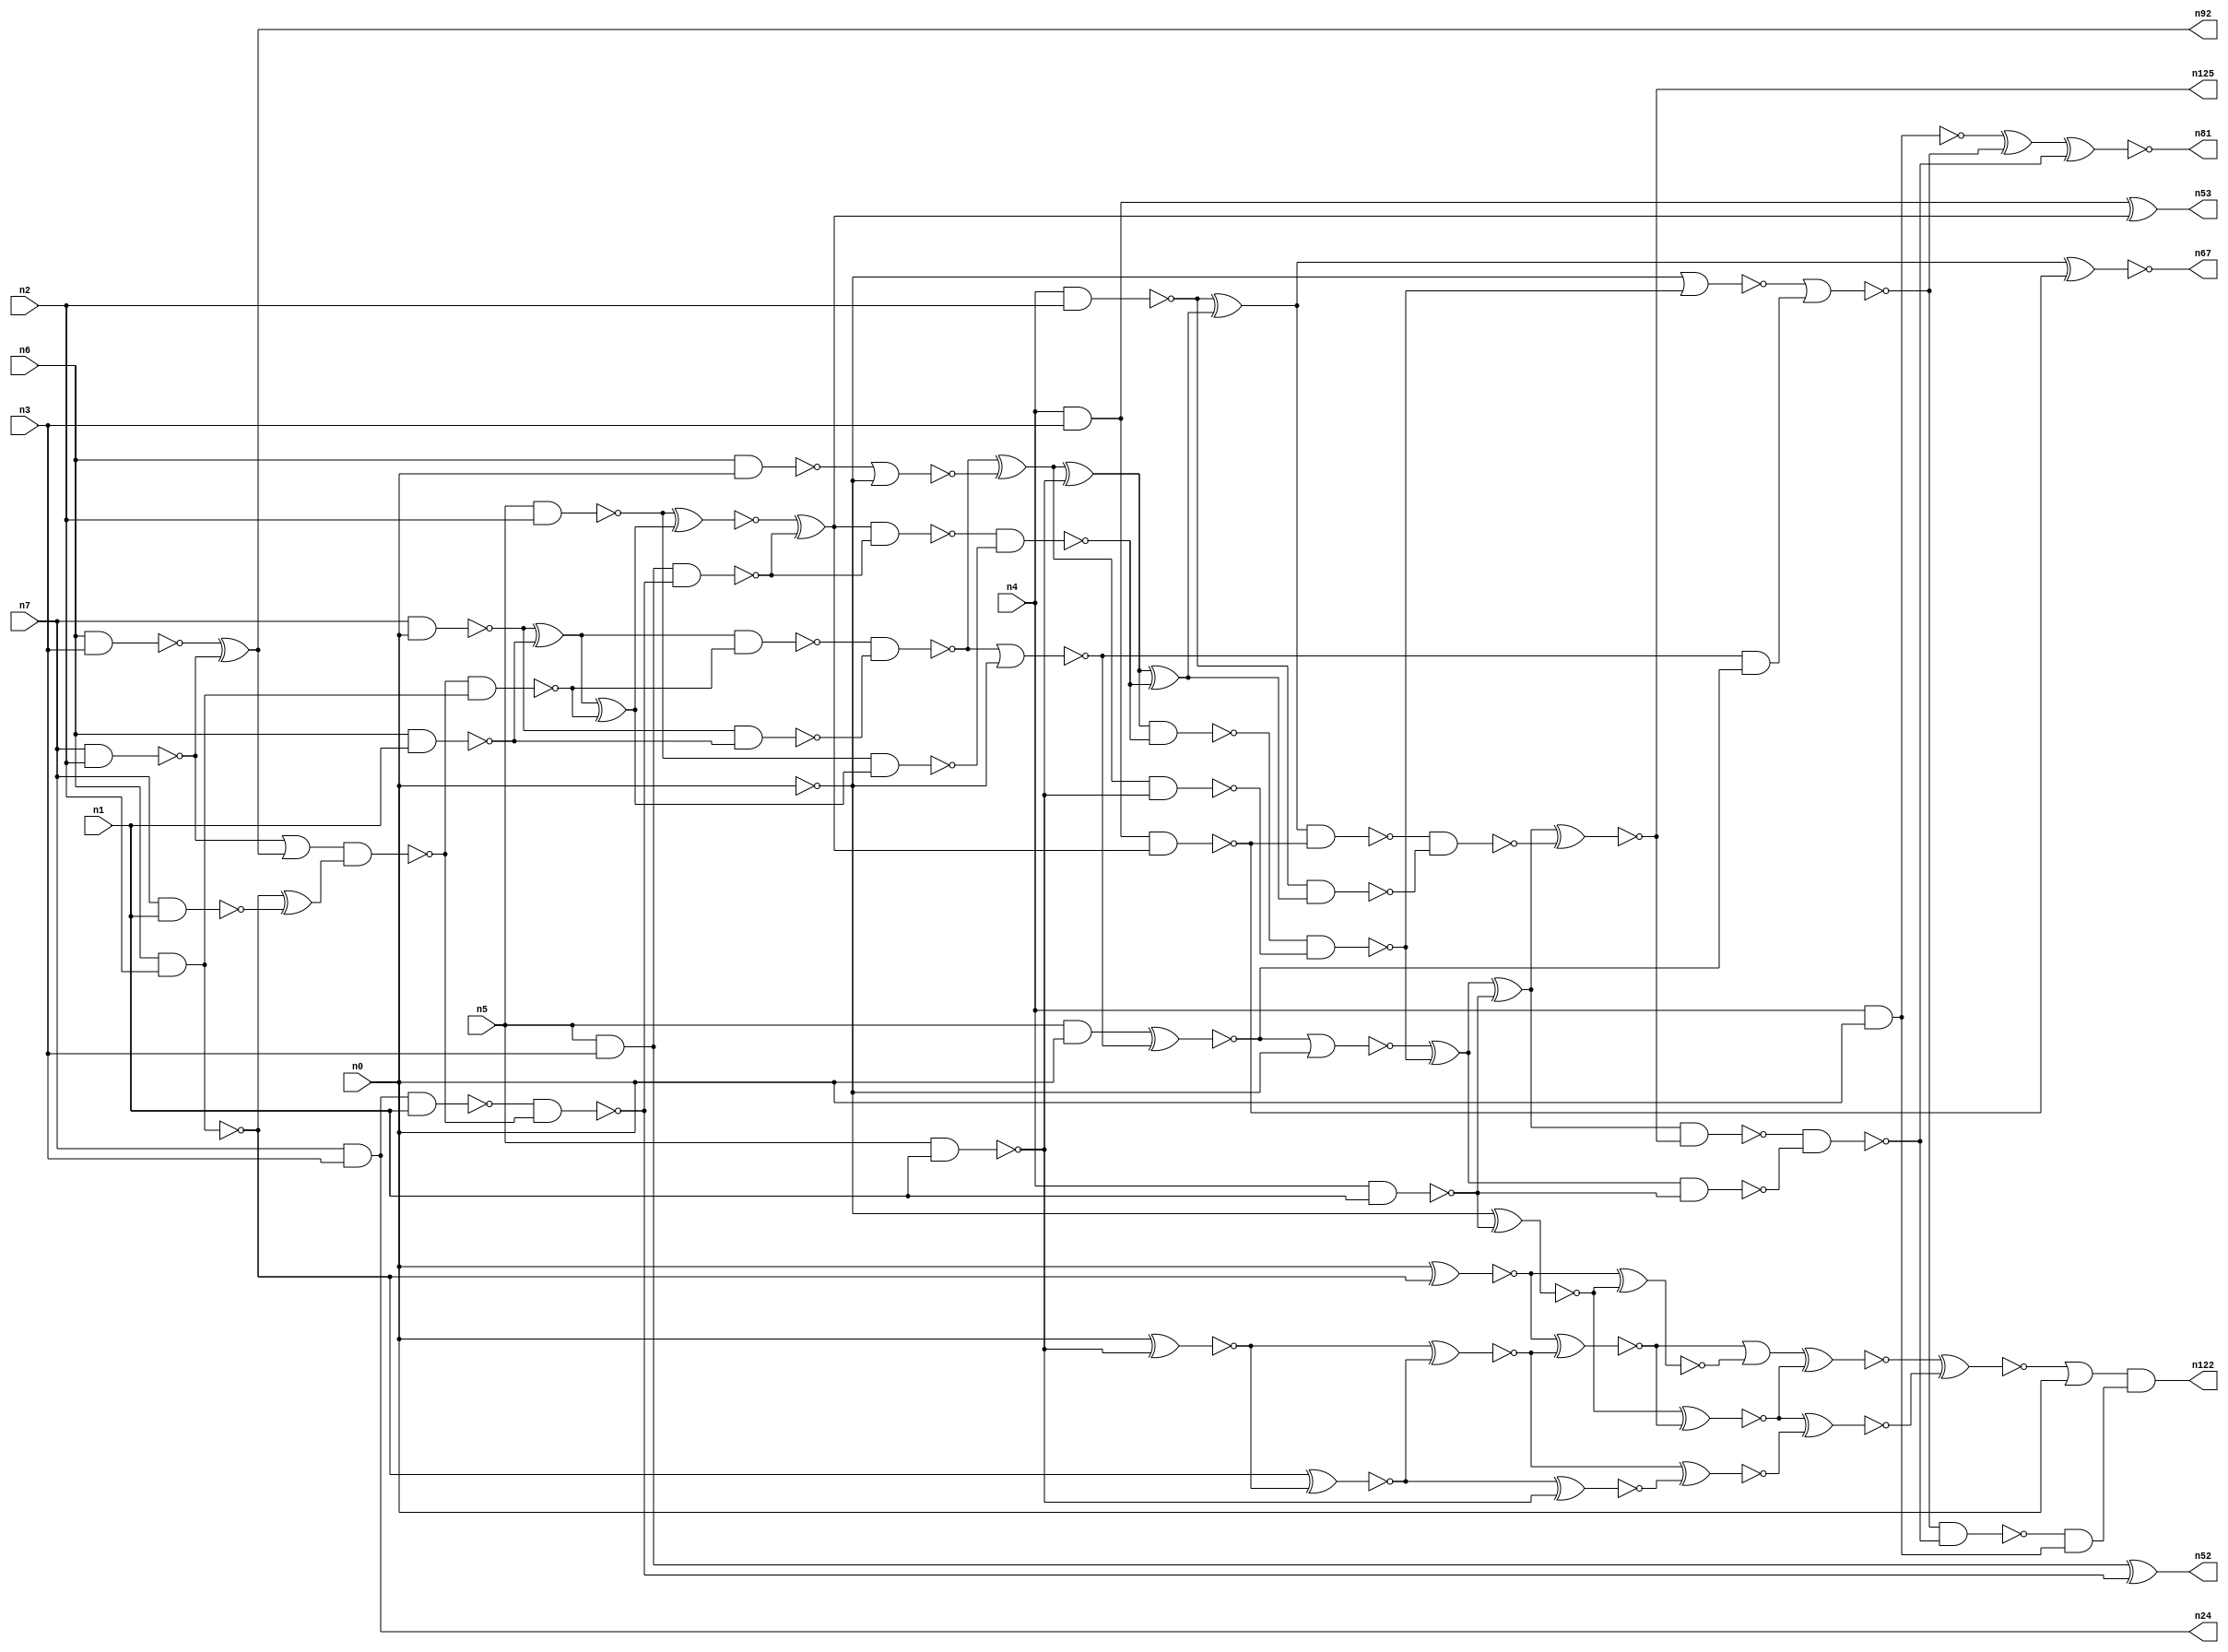
// This program was cloned from: https://github.com/umar-afzaal/ReCkt
// License: MIT License

// This file contains a pareto-optimal circuit with respect to area and the fault-resilince parameter p_fault which is defined as:
// "For all input vectors, the ratio of the no. of faults observable at the POs to the no. of total possible faults in the circuit".
// This code is part of the ReCkt library (https://github.com/umar-afzaal/ReCkt) distributed under The MIT License.
// When used, please cite the following article(s):
// U. Afzaal, A.S. Hassan, M. Usman and J.A. Lee, "On the Evolutionary Synthesis of Increased Fault-resilience Arithmetic Circuits".

// p_fault = 73.0 %    (Lower is better)
// gates = 92.0
// levels = 20
// area = 121.83    (For MCNC library relative to nand2)
// power = 721.8 uW    (Berkely-SIS for MCNC library @ Vdd=5V and 20 MHz clock)
// delay = 29.9 ns    (Berkely-ABC for MCNC library)
// PDP = 2.15818e-11 J

// Pin mapping:
// {n0, n1, n2, n3} = A[3:0]
// {n4, n5, n6, n7} = B[3:0]
// {n122, n81, n125, n67, n53, n52, n92, n24} = O[7:0]

module mult4u_area_30 (
n0, n1, n2, n3, n4, n5, n6, n7, 
n122, n81, n125, n67, n53, n52, n92, n24
);

input n0, n1, n2, n3, n4, n5, n6, n7;
output n122, n81, n125, n67, n53, n52, n92, n24;
wire n95, n16, n73, n77, n26, n41, n40, n38, n78, n76, n46, n50, n51, n83, n15, n66, n111, n36, n35, n18, 
n99, n32, n13, n21, n64, n94, n57, n65, n33, n10, n17, n70, n93, n116, n61, n19, n58, n68, n74, n44, 
n20, n62, n60, n28, n91, n59, n80, n82, n27, n105, n79, n69, n45, n71, n25, n14, n75, n43, n8, n88, 
n86, n39, n34, n37, n31, n42, n56, n54, n12, n63, n30, n22, n85, n11, n49, n29, n9, n72, n47, n55, 
n23, n87, n48, n84;

nand (n8, n4, n3);
and (n9, n5, n0);
nand (n10, n6, n1);
nand (n11, n5, n1);
nand (n12, n0, n0);
nand (n13, n6, n2);
nand (n14, n4, n1);
nand (n15, n7, n0);
nand (n16, n7, n1);
nand (n17, n7, n2);
nand (n18, n6, n3);
and (n19, n5, n3);
nand (n20, n6, n0);
nand (n21, n5, n2);
nand (n22, n4, n2);
nand (n23, n4, n0);
and (n24, n7, n3);
xor (n25, n15, n10);
xor (n26, n18, n17);
nand (n27, n15, n10);
nor (n28, n20, n12);
and (n29, n13, n13);
xor (n30, n13, n16);
or (n31, n17, n26);
nand (n32, n8, n8);
xnor (n33, n0, n29);
nand (n34, n24, n1);
nand (n35, n13, n29);
nand (n36, n0, n0);
nand (n37, n31, n30);
nand (n38, n37, n35);
nand (n39, n34, n37);
nand (n40, n19, n39);
xor (n41, n25, n38);
nand (n42, n25, n38);
xnor (n43, n19, n39);
nand (n44, n21, n41);
and (n45, n40, n40);
nand (n46, n42, n27);
xnor (n47, n21, n41);
xor (n48, n47, n45);
nand (n49, n48, n40);
nor (n50, n46, n36);
xor (n51, n46, n28);
nand (n52, n43, n43);
xor (n53, n32, n48);
xnor (n54, n9, n50);
xor (n55, n51, n11);
nand (n56, n32, n48);
and (n57, n50, n54);
nand (n58, n51, n11);
nand (n59, n49, n44);
nor (n60, n54, n12);
xor (n61, n55, n59);
nand (n62, n55, n59);
nand (n63, n22, n61);
nand (n64, n0, n0);
nand (n65, n62, n58);
xor (n66, n22, n61);
xnor (n67, n66, n56);
xor (n68, n60, n65);
nand (n69, n66, n56);
nor (n70, n64, n65);
xor (n71, n68, n14);
nor (n72, n70, n57);
nand (n73, n68, n14);
nand (n74, n69, n63);
xnor (n75, n71, n74);
xor (n76, n23, n72);
nand (n77, n23, n23);
nand (n78, n71, n75);
nand (n79, n78, n73);
nand (n80, n72, n79);
xnor (n81, n76, n79);
and (n82, n80, n77);
xnor (n83, n0, n11);
xnor (n84, n13, n83);
xnor (n85, n83, n84);
xnor (n86, n33, n85);
xnor (n87, n36, n14);
xnor (n88, n87, n86);
xnor (n91, n33, n87);
and (n92, n26, n26);
xnor (n93, n84, n11);
xnor (n94, n85, n93);
or (n95, n86, n91);
xnor (n99, n88, n94);
xnor (n105, n95, n88);
xnor (n111, n105, n99);
or (n116, n111, n0);
and (n122, n116, n82);
and (n125, n75, n75);

endmodule